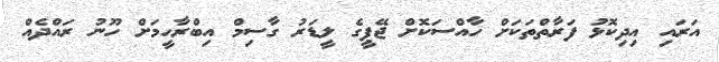
އަރައި އިދިކޮޅު ފަރާތްތަކަށް ހާއްސަކޮށް ޖޭޕީގެ ލީޑަރު ގާސިމް އިބްރާހީމަށް ހޫނު ރައްދެއް